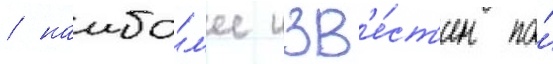
/ наибо́л'ее изв'е́ст'ен по́